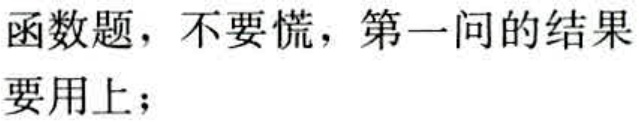
函数题，不要慌，第一问的结果要用上；